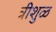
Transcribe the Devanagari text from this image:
त्रीशुळ